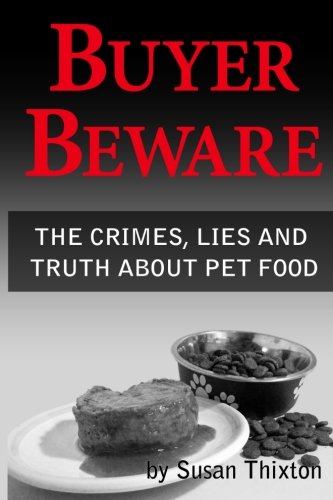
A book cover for Buyer Beware: The Crimes, Lies and Truth about Pet Food; Susan Thixton; Crafts, Hobbies & Home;